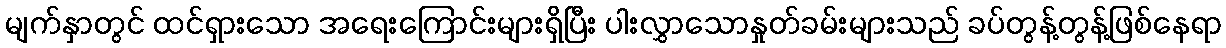
မျက်နှာတွင် ထင်ရှားသော အရေးကြောင်းများရှိပြီး ပါးလွှာသောနှုတ်ခမ်းများသည် ခပ်တွန့်တွန့်ဖြစ်နေရာ